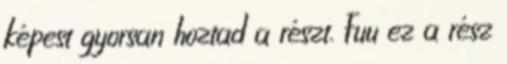
képest gyorsan hoztad a részt. Fuu ez a rész